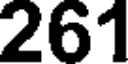
261